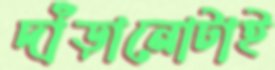
দাঁড়ানোটাই